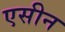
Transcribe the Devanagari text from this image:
एसीन